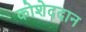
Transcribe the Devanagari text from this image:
कोशेददान